Civil Veterinary Dept. Assam report 1927-50 - 1927-1950
Year: 1927
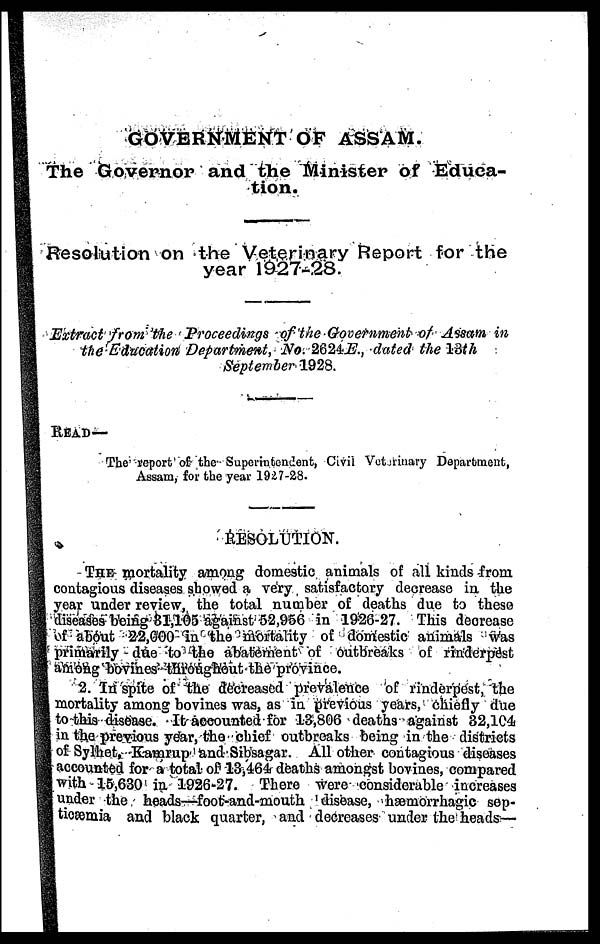
GOVERNMENT OF ASSAM.
The Governor and the Minister of Educa-
tion.
Resolution on the Veterinary Report for the
year 1927-28.
Extract from the Proceedings of the Government of Assam in
the Education Department, No. 2624E., dated the 18th
September1928.
READ—
The report of the Superintendent, Civil Veterinary Department,
Assam, for the year 1927-28.
RESOLUTION.
THE mortality among domestic animals of all kinds from
contagious diseases showed a very satisfactory decrease in the
year under review, the total number of deaths due to these
diseases being 81,105 against 52,956 in 1926-27. This decrease
of about 22,000 in the mortality of domestic animals was
primarily due to the abatement of outbreaks of rinderpest
among bovines throughout the province.
2. In spite of the decreased prevalence of rinderpest, the
mortality among bovines was, as in previous years, chiefly due
to this disease. It accounted for 13,806 deaths against 32,104
in the previous year, the chief outbreaks being in the districts
of Sylhet, Kamrup and Sibsagar. All other contagious diseases
accounted for a total of 13,464 deaths amongst bovines, compared
with 15,630 in 1926-27. There were considerable increases
under the heads—foot-and-mouth disease, hæmorrhagic sep-
ticæmia and black quarter, and decreases under the heads:—